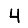
Digit: 4